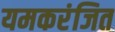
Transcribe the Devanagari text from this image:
यमकरंजित